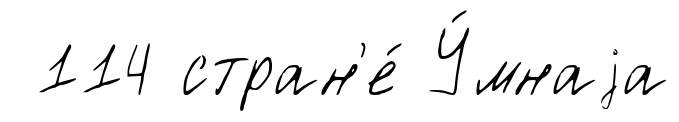
114 стран'е́ У́мнаjа